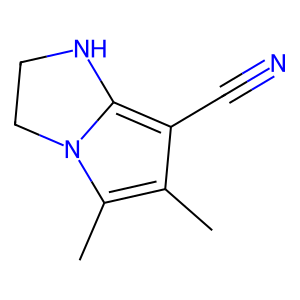
SMILES: Cc1c(C#N)c2n(c1C)CCN2
Inhibits HIV replication: No